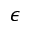
\epsilon